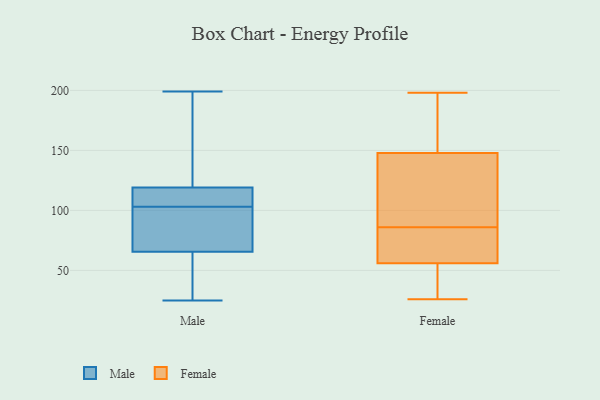
{"axis": {"x": "Waste Production (Tons)", "y": "Value"}, "legend": ["Female", "Male"], "data": [{"x": "", "y": 49, "type": "Male"}, {"x": "", "y": 107, "type": "Male"}, {"x": "", "y": 101, "type": "Male"}, {"x": "", "y": 64, "type": "Male"}, {"x": "", "y": 191, "type": "Male"}, {"x": "", "y": 113, "type": "Male"}, {"x": "", "y": 116, "type": "Male"}, {"x": "", "y": 107, "type": "Male"}, {"x": "", "y": 31, "type": "Male"}, {"x": "", "y": 75, "type": "Male"}, {"x": "", "y": 61, "type": "Male"}, {"x": "", "y": 199, "type": "Male"}, {"x": "", "y": 121, "type": "Male"}, {"x": "", "y": 25, "type": "Male"}, {"x": "", "y": 83, "type": "Male"}, {"x": "", "y": 140, "type": "Male"}, {"x": "", "y": 103, "type": "Male"}, {"x": "", "y": 120, "type": "Male"}, {"x": "", "y": 70, "type": "Male"}, {"x": "", "y": 54, "type": "Female"}, {"x": "", "y": 148, "type": "Female"}, {"x": "", "y": 147, "type": "Female"}, {"x": "", "y": 177, "type": "Female"}, {"x": "", "y": 48, "type": "Female"}, {"x": "", "y": 64, "type": "Female"}, {"x": "", "y": 73, "type": "Female"}, {"x": "", "y": 126, "type": "Female"}, {"x": "", "y": 194, "type": "Female"}, {"x": "", "y": 77, "type": "Female"}, {"x": "", "y": 119, "type": "Female"}, {"x": "", "y": 141, "type": "Female"}, {"x": "", "y": 197, "type": "Female"}, {"x": "", "y": 32, "type": "Female"}, {"x": "", "y": 198, "type": "Female"}, {"x": "", "y": 86, "type": "Female"}, {"x": "", "y": 29, "type": "Female"}, {"x": "", "y": 62, "type": "Female"}, {"x": "", "y": 26, "type": "Female"}]}